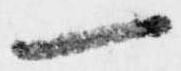
一